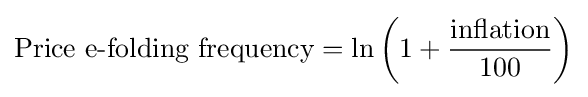
{\hbox{Price e-folding frequency}}=\ln \left(1+{\frac {\hbox{inflation}}{100}}\right)